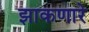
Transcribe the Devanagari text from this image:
झाकणारे